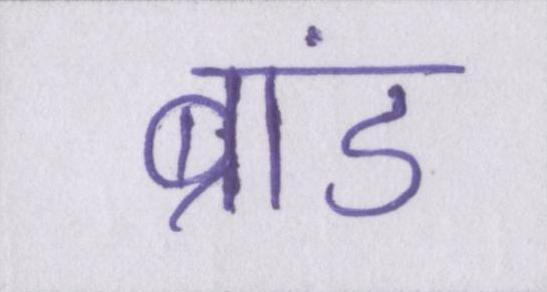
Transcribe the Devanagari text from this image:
ब्रांड